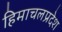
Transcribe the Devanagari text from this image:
हिमाचलप्रदेश